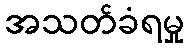
အသတ်ခံရမှု